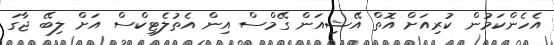
އެހެންކަމުން ކުރިއަށް އޮތް އޭޝިއަން ގޭމްސް އިން އެތުލެޓިކްސް އަށް ލިބޭ ޖާގަ